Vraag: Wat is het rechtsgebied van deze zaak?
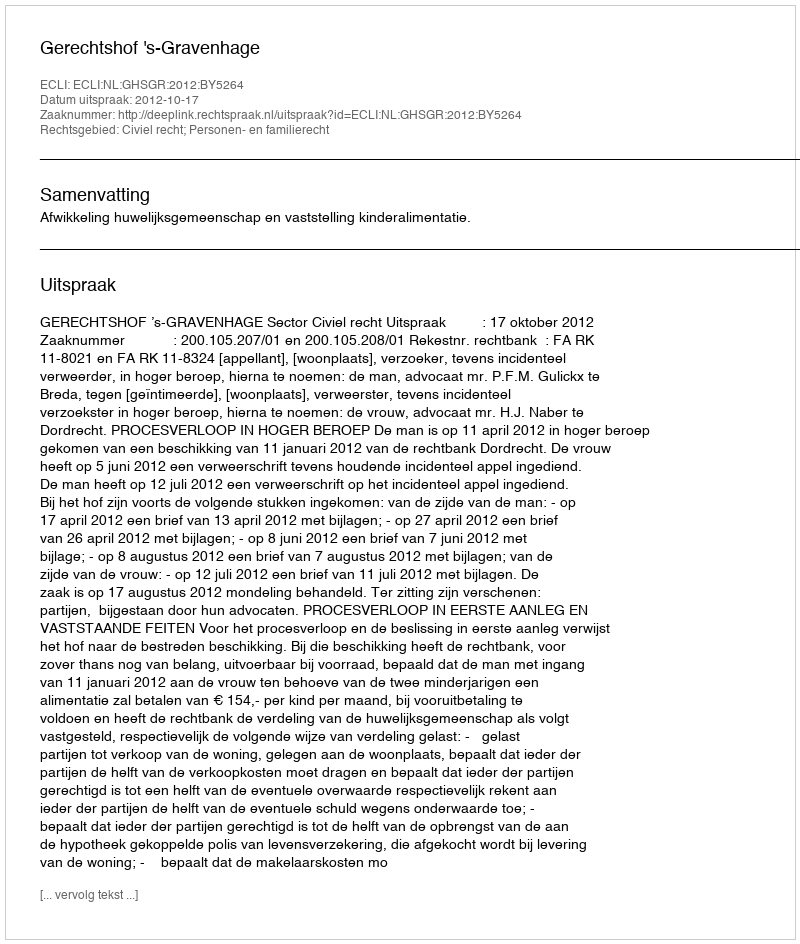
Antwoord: Civiel recht; Personen- en familierecht